Indian Medical Review
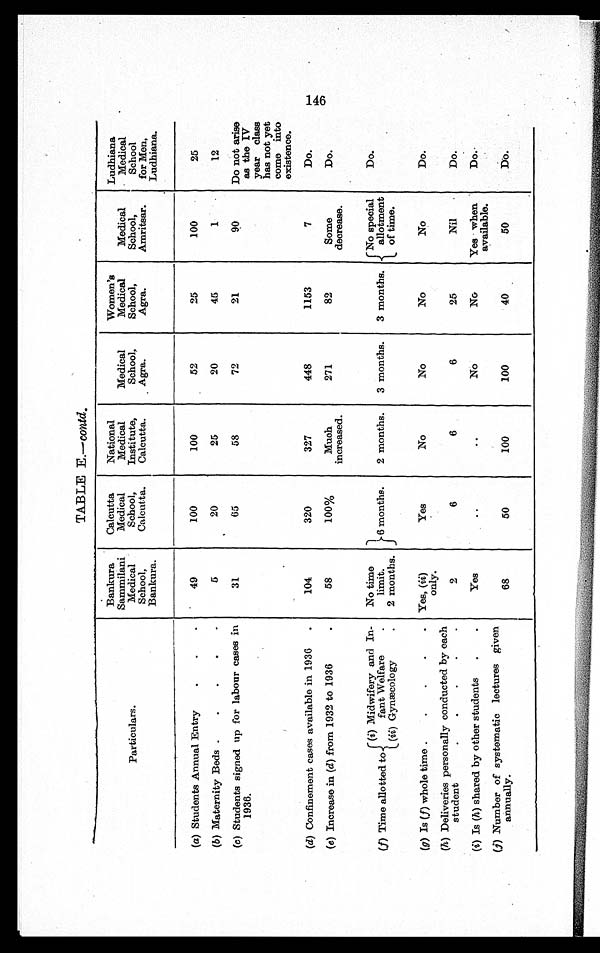
c o n t d .
Particulars.
Bankura
Sammilani
Medical
School,
Bankura.
Calcutta
Medical
School,
Calcutta.
National
Medical
Institute,
Calcutta.
Medical
School,
Agra.
Women's
Medical
School,
Agra.
Medical
School,
Amritsar.
Ludhiana
Medical
School
for Men,
Ludhiana.
(a) Students Annual Entry
.
.
.
49
100
100
52
25
100
25
(b) Maternity Beds .
.
.
.
.
5
20
25
20
45
1
12
(c) Students signed up for labour cases in
1936.
31
65
58
72
21
90
Do not arise
as the IV
year class
has not yet
come into
existence.
(d) Confinement cases available in 1936
104
320
327
448
1153
7
Do.
(e) Increase in (d) from 1932 to 1936.
58
100%
Much
increased.
271
82
Some
decrease.
Do.
(f) Time allotted to-
(i) Midwifery and In-
fant Welfare
.
No time
limit.
6 months.
2 months.
3 months.
3 months.
No special
allotment
of time.
Do.
(ii) Gynæcology.
2 months.
(g) Is (f) whole time .
.
.
.
. Yes, (ii)
only.
Yes
No
No
No
No
Do.
(h) Deliveries personally conducted by each
student
2
6
6
6
25
Nil
Do.
(i) Is (h) shared by other students
.
.
Yes
..
..
No
No
Yes when
available.
Do.
(j) Number of systematic lectures given
annually.
68
50
100
100
40
50
Do.
14
6